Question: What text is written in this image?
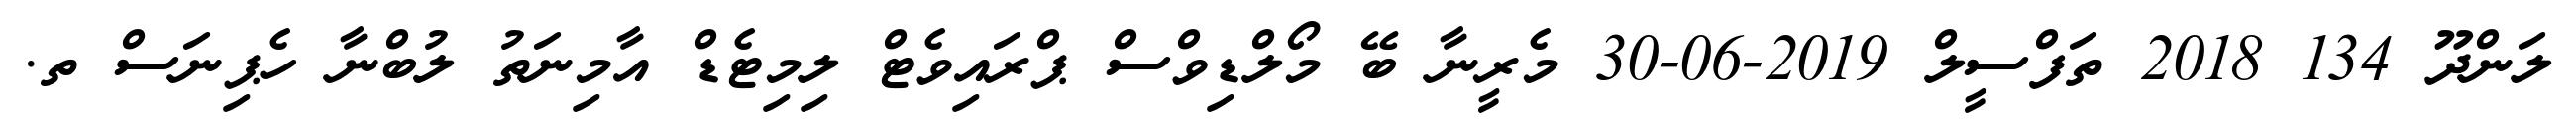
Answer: ލަންދޫ 134 2018 ތަފްސީލް 2019-06-30 މެރީނާ ބޭ މޯލްޑިވްސް ޕްރައިވެޓް ލިމިޓެޑް އާމިނަތު ލުބްނާ ހެޕިނަސް ތ.